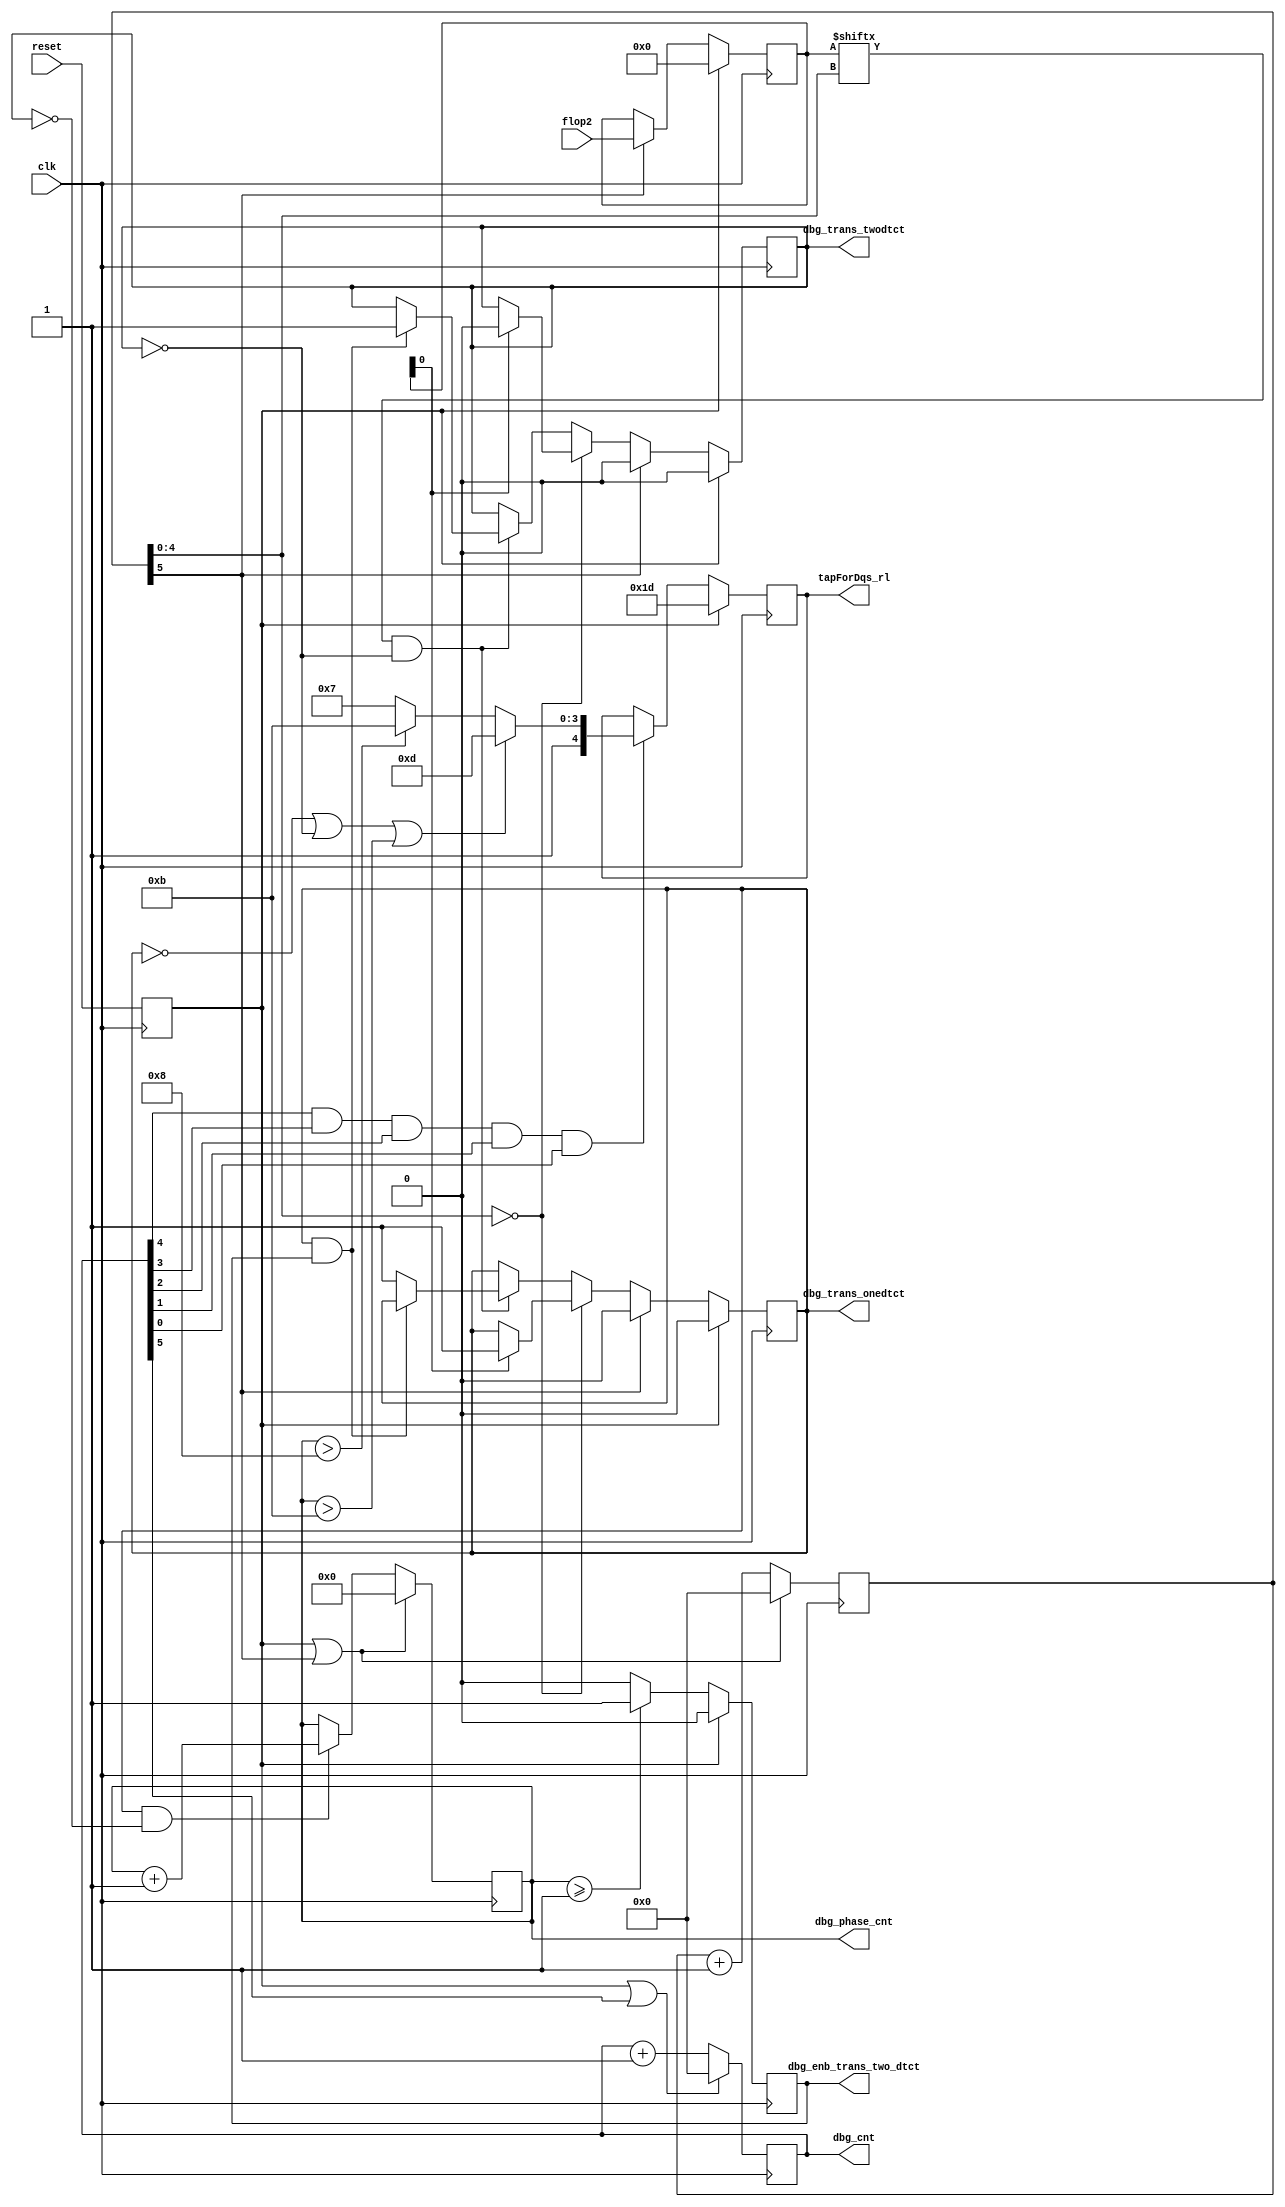
//-----------------------------------------------------------------------------
//-- (c) Copyright 2006 - 2009 Xilinx, Inc. All rights reserved.
//--
//-- This file contains confidential and proprietary information
//-- of Xilinx, Inc. and is protected under U.S. and
//-- international copyright and other intellectual property
//-- laws.
//--
//-- DISCLAIMER
//-- This disclaimer is not a license and does not grant any
//-- rights to the materials distributed herewith. Except as
//-- otherwise provided in a valid license issued to you by
//-- Xilinx, and to the maximum extent permitted by applicable
//-- law: (1) THESE MATERIALS ARE MADE AVAILABLE "AS IS" AND
//-- WITH ALL FAULTS, AND XILINX HEREBY DISCLAIMS ALL WARRANTIES
//-- AND CONDITIONS, EXPRESS, IMPLIED, OR STATUTORY, INCLUDING
//-- BUT NOT LIMITED TO WARRANTIES OF MERCHANTABILITY, NON-
//-- INFRINGEMENT, OR FITNESS FOR ANY PARTICULAR PURPOSE; and
//-- (2) Xilinx shall not be liable (whether in contract or tort,
//-- including negligence, or under any other theory of
//-- liability) for any loss or damage of any kind or nature
//-- related to, arising under or in connection with these
//-- materials, including for any direct, or any indirect,
//-- special, incidental, or consequential loss or damage
//-- (including loss of data, profits, goodwill, or any type of
//-- loss or damage suffered as a result of any action brought
//-- by a third party) even if such damage or loss was
//-- reasonably foreseeable or Xilinx had been advised of the
//-- possibility of the same.
//--
//-- CRITICAL APPLICATIONS
//-- Xilinx products are not designed or intended to be fail-
//-- safe, or for use in any application requiring fail-safe
//-- performance, such as life-support or safety devices or
//-- systems, Class III medical devices, nuclear facilities,
//-- applications related to the deployment of airbags, or any
//-- other applications that could lead to death, personal
//-- injury, or severe property or environmental damage
//-- (individually and collectively, "Critical
//-- Applications"). Customer assumes the sole risk and
//-- liability of any use of Xilinx products in Critical
//-- Applications, subject only to applicable laws and
//-- regulations governing limitations on product liability.
//--
//-- THIS COPYRIGHT NOTICE AND DISCLAIMER MUST BE RETAINED AS
//-- PART OF THIS FILE AT ALL TIMES.
//-----------------------------------------------------------------------------
// MPMC Spartam3 MIG PHY Calibration Control
//-------------------------------------------------------------------------
//
// Description:
//   It controlls the calibration circuit
//
// Structure:
//   -- s3_phy.v
//     -- s3_phy_init.v
//     -- s3_infrastructure.v
//       -- s3_cal_top.v
//         -- s3_cal_ctl.v
//         -- s3_tap_dly.v
//     -- s3_phy_write.v
//     -- s3_data_path.v
//       -- s3_data_read_controller.v
//         -- s3_dqs_delay.v
//         -- s3_fifo_0_wr_en.v
//         -- s3_fifo_1_wr_en.v
//       -- s3_data_read.v
//         -- s3_rd_data_ram0.v
//         -- s3_rd_data_ram1.v
//         -- s3_gray_cntr.v
//     -- s3_iobs.v
//       -- s3_infrastructure_iobs.v
//       -- s3_controller_iobs.v
//       -- s3_data_path_iobs.v
//         -- s3_dqs_iob.v
//         -- s3_dq_iob.v
//         -- s3_dm_iobs.v
//     
//--------------------------------------------------------------------------
//
// History:
//   Dec 20 2007: Merged MIG 2.1 modifications into this file.
//   Jul 18 2008: Merged MIG 2.3 modifications into this file.
//
//--------------------------------------------------------------------------

`timescale 1ns/100ps
  
module s3_cal_ctl  #
  (
   parameter C_FAMILY = "spartan3",      // Allowed Values: spartan3, spartan3e, spartan3a
   parameter integer C_SPECIAL_BOARD = 0 // Allowed Values: 0 = use default settings, 
                                         //                 1 = special placement
   )
  (
   input            clk,
   input            reset,
   input     [31:0] flop2,
   output reg [4:0] tapForDqs_rl /* synthesis syn_preserve=1 */,
   // debug signals
   output [4:0]     dbg_phase_cnt,
   output [5:0]     dbg_cnt,
   output           dbg_trans_onedtct,
   output           dbg_trans_twodtct,
   output           dbg_enb_trans_two_dtct
   );
  
  localparam tap1 = 5'b01111;
  localparam tap2 = 5'b10111;
  localparam tap3 = 5'b11011;
  localparam tap4 = 5'b11101;
  localparam tap5 = 5'b11110;
  localparam tap6 = 5'b11111;
  localparam defaultTap = tap4;
  
  reg [5:0]  cnt /* synthesis syn_preserve=1 */; 
  reg [5:0]  cnt1 /* synthesis syn_preserve=1 */; 
  
  reg        trans_oneDtct; 
  reg        trans_twoDtct; 
  
  reg [4:0]  phase_cnt /* synthesis syn_preserve=1 */;          
  reg [31:0] tap_dly_reg /* synthesis syn_preserve=1 */;        
  
  reg        enb_trans_two_dtct;   
  
  reg        reset_r/* synthesis syn_preserve=1 */;
   
  assign dbg_phase_cnt          = phase_cnt;
  assign dbg_cnt                = cnt1;
  assign dbg_trans_onedtct      = trans_oneDtct;
  assign dbg_trans_twodtct      = trans_twoDtct;
  assign dbg_enb_trans_two_dtct = enb_trans_two_dtct;
   

  always @( posedge clk )
    reset_r <= reset;
  
  always @(posedge clk) 
    begin
      if(reset_r)
        enb_trans_two_dtct <= 1'b0;
      else if(phase_cnt >= 5'd1)        
        enb_trans_two_dtct <= 1'b1;
      else
        enb_trans_two_dtct <= 1'b0;             
    end
  
  
  always @(posedge clk)
    begin
      if(reset_r)
        tap_dly_reg <= 32'd0;
      else if(cnt[5] == 1'b1)
        tap_dly_reg <= flop2;
      else
        tap_dly_reg <= tap_dly_reg;
    end
  
  // Free running counter for 32 states
  // Two parallel counters are used to fix the timing
  always @(posedge clk)
    begin
      if(reset_r || (cnt[5] == 1'b1)) 
        cnt[5:0] <= 6'b0;
      else
        cnt[5:0] <= cnt[5:0] + 1'b1;
    end
  
  always @(posedge clk)
    begin
      if(reset_r || (cnt1[5] == 1'b1)) 
        cnt1[5:0] <= 6'b0;
      else
        cnt1[5:0] <= cnt1[5:0] + 1'b1;
    end
  

  always @(posedge clk)
    begin
      if(reset_r || (cnt[5] == 1'b1))
        begin
          phase_cnt <= 5'd0;                    
        end
      else if (trans_oneDtct & (!trans_twoDtct))
        phase_cnt <= phase_cnt + 1;
      else
        phase_cnt <= phase_cnt;
    end 
  
  // Checking for the first transition
  always @(posedge clk)
    begin
      if(reset_r)
        begin
          trans_oneDtct <= 1'b0;
          trans_twoDtct <= 1'b0;
        end
      else if(cnt[5] == 1'b1)
        begin
          trans_oneDtct <= 1'b0;
          trans_twoDtct <= 1'b0;
        end
      else if (cnt[4:0] == 5'd0) 
      begin
        if ((tap_dly_reg[0]))
          begin
            trans_oneDtct <= 1'b1;
            trans_twoDtct <= 1'b0;
          end
      end
      else if ((tap_dly_reg[cnt[4:0]]) && (trans_twoDtct == 1'b0)) 
        begin
          
          if((trans_oneDtct == 1'b1) && (enb_trans_two_dtct) ) 
            begin       
              trans_twoDtct <= 1'b1;
            end
          else 
            begin
              trans_oneDtct <= 1'b1;
            end
        end 
    end 
  
  // For S3 and S3A designs
  generate
    if ((C_FAMILY == "spartan3") || (C_FAMILY == "spartan3a")) begin : gen_s3_s3a_tap
      
      always @(posedge clk)
        begin
          if(reset_r)
            tapForDqs_rl <= defaultTap;
          else if(cnt1[4] && cnt1[3] && cnt1[2] && cnt1[1] && cnt1[0])  // Count reached to 32
            begin
              if((trans_oneDtct == 1'b0) || (trans_twoDtct == 1'b0) || (phase_cnt > 5'd11))
                tapForDqs_rl <= tap4;
              else if((phase_cnt > 5'd8)) 
                tapForDqs_rl <= tap3;
              else
                tapForDqs_rl <= tap2;
            end
          else
            tapForDqs_rl <= tapForDqs_rl;
        end     
  
    end  // end Gen S3/S3A Tap
    
    else if ((C_FAMILY == "spartan3e") && (C_SPECIAL_BOARD == 0)) begin: gen_s3e_tap
      
      // For S3E designs
      always @(posedge clk)
        begin
          if(reset_r)
            tapForDqs_rl <= defaultTap;
          else if(cnt1[4] && cnt1[3] && cnt1[2] && cnt1[1] && cnt1[0])  // Count reached to 32
            begin
              if((trans_oneDtct == 1'b0) || (trans_twoDtct == 1'b0) || (phase_cnt > 5'd11))
                tapForDqs_rl <= tap6;
              else if((phase_cnt > 5'd8)) 
                tapForDqs_rl <= tap5;
              else
                tapForDqs_rl <= tap3;
            end
          else
            tapForDqs_rl <= tapForDqs_rl;
        end     

    end
    
    else if ((C_FAMILY == "spartan3e") && (C_SPECIAL_BOARD == 2)) begin: gen_s3e_special2_tap
      always @(posedge clk)
        tapForDqs_rl <= tap6;
  
    end
    
    else if ((C_FAMILY == "spartan3e") && (C_SPECIAL_BOARD == 1)) begin: gen_s3e_special1_tap
      always @(posedge clk)
        tapForDqs_rl <= tap5;
  
    end

  endgenerate
endmodule